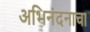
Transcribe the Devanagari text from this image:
अभिनंदनाचा